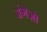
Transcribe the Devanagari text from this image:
अंगेज़ो